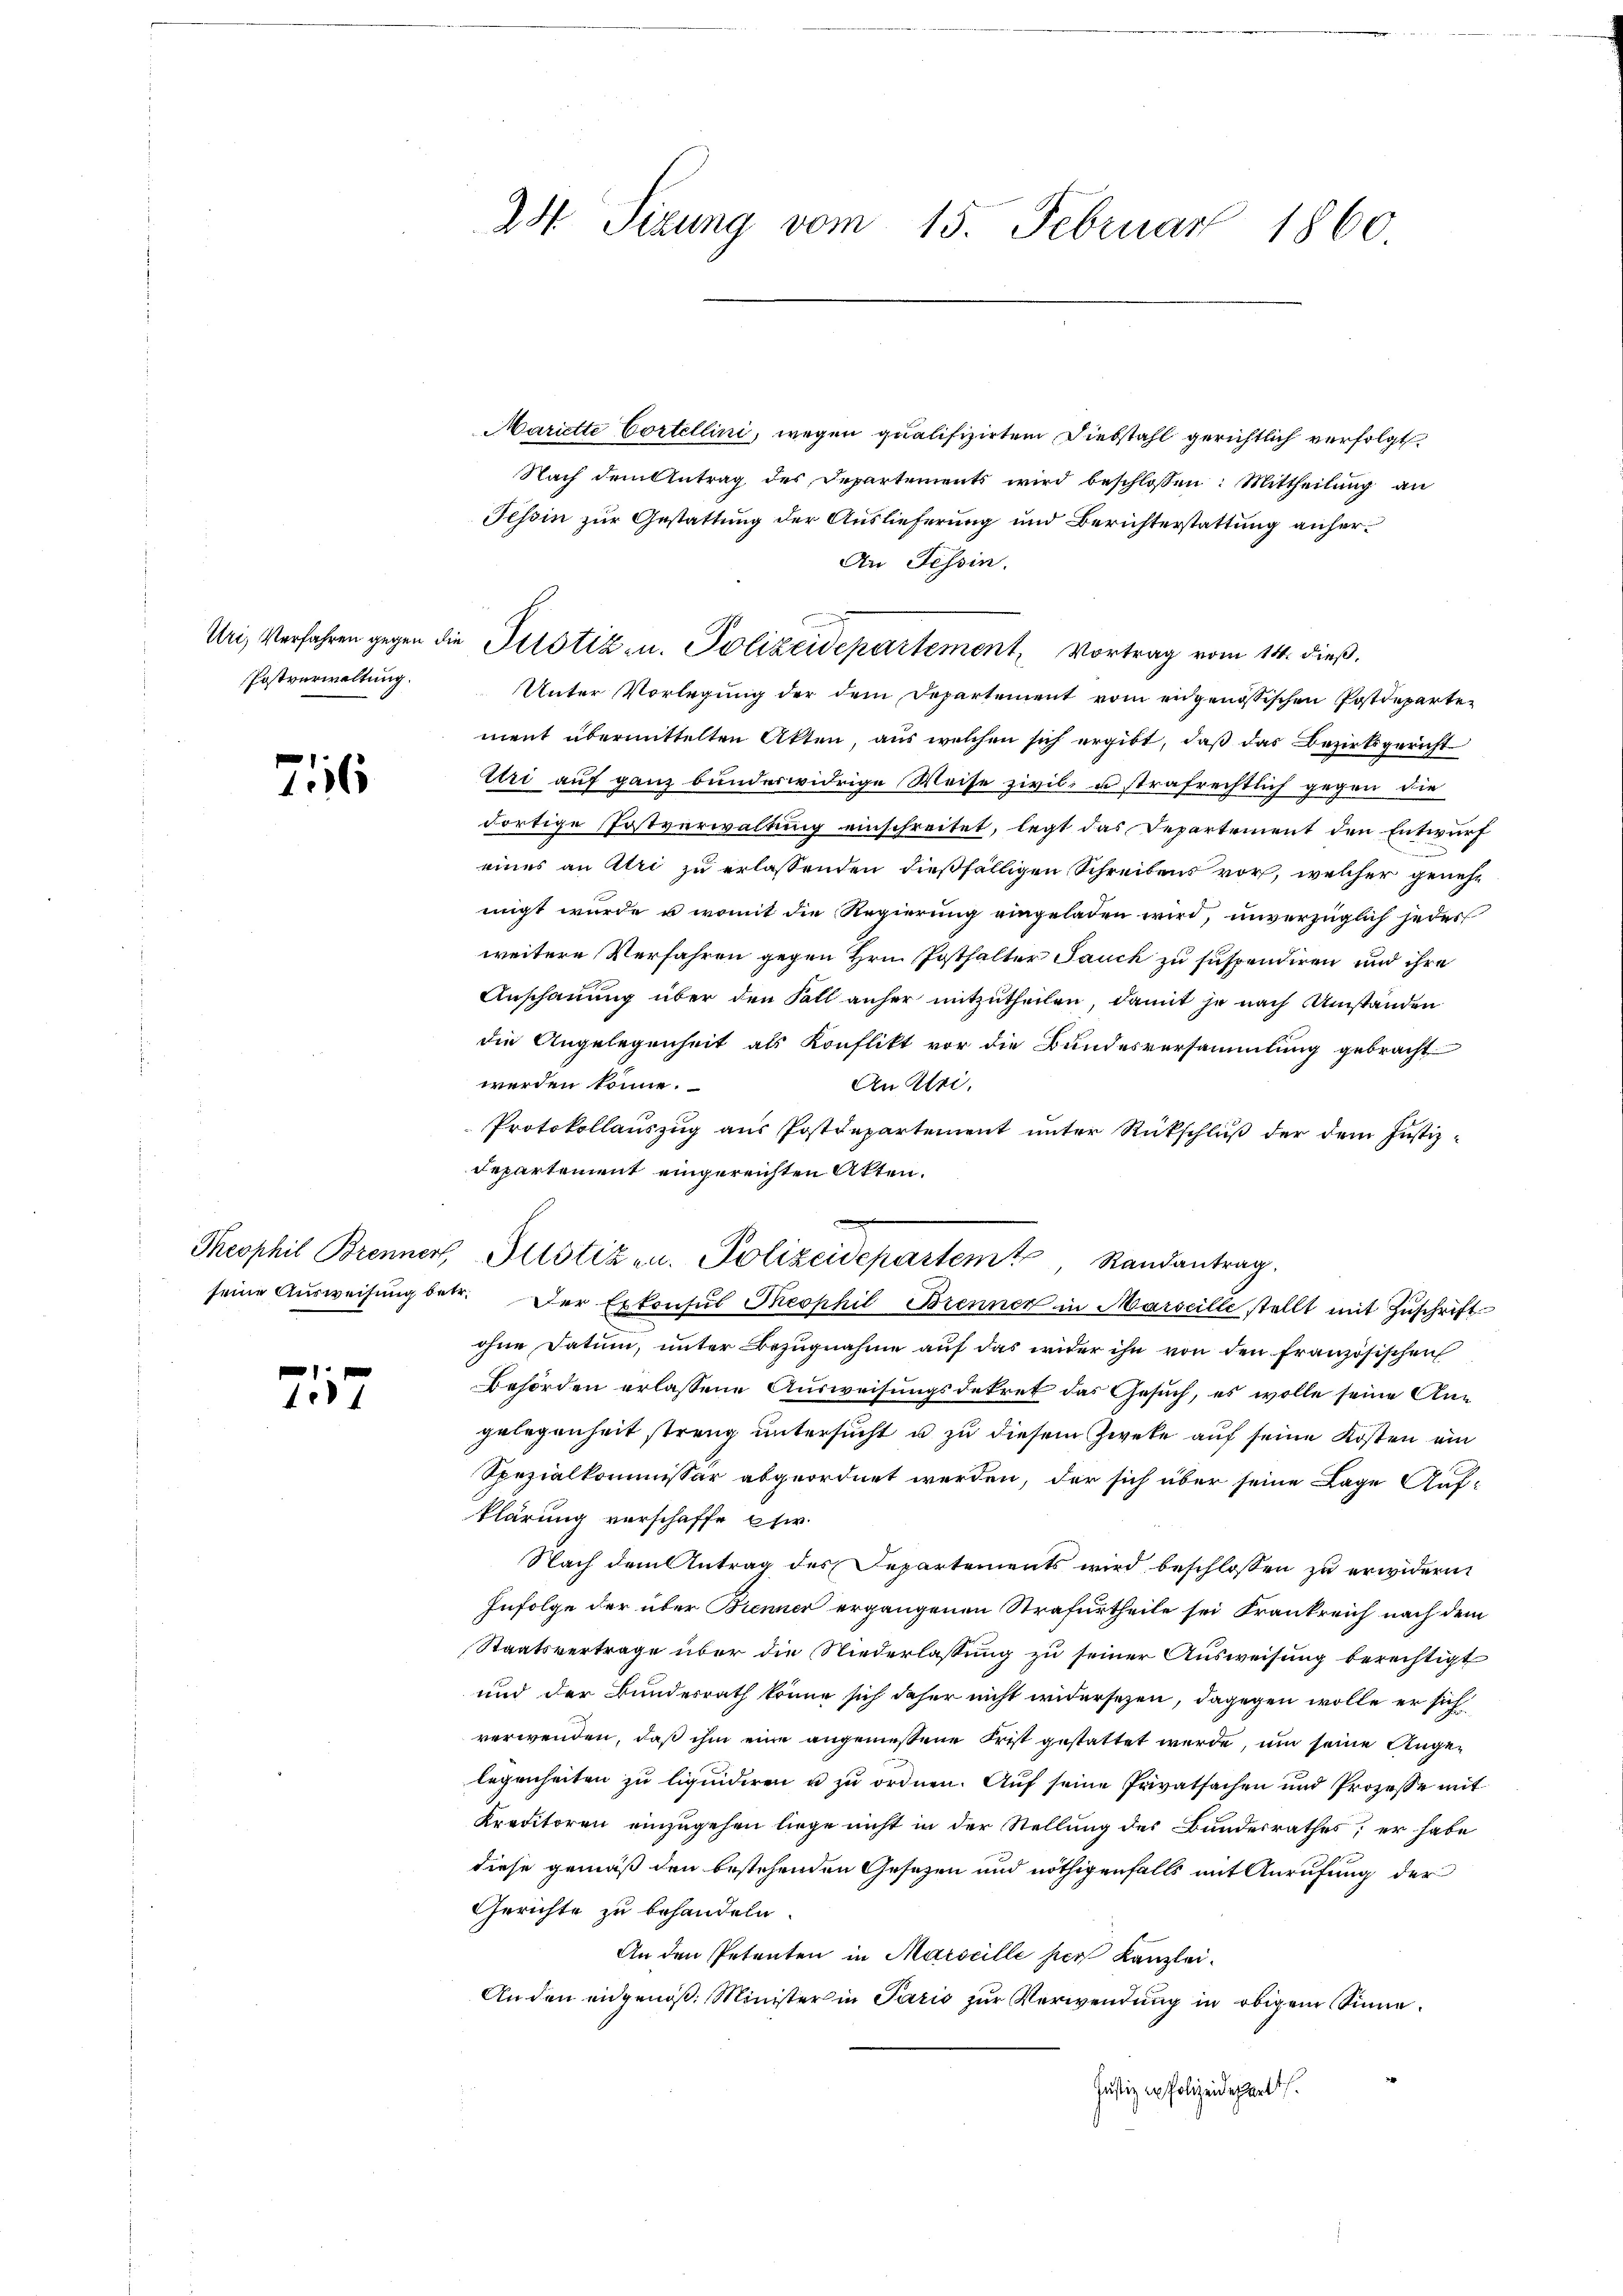
Postverwaltung.

716

e
44

Mariette Cortellini, wegen qualifizirten Diebstahl gerichtlich verfolgt
Nach dem Antrag des Departements wird beschlossen: Mittheilung an
Tessin zur Gestattung der Auslieferung und Berichterstattung anher¬
An Tessin.
u
Uri, Verfahren gegen die Pilotiz u. Polizeidepartement, Vortrag vom 14. dieβ.
Unter Vorlegung der dem Departement vom engenössischen Postdepartement übermittelten Akten, aus welchen sich ergibt, daß das Bezirksgericht
Uri auf ganz bunderwidrige Weise zivil, u strafrechtlich gegen die
dortige Postverwaltung einschreitet, legt das Departement den Entwurf
eines an Uri zu erlassenden dießfälligen Schreibens vor, welcher genehmigt wurde u. womit die Regierung eingeladen wird, unverzüglich jedes
weitere Verfahren gegen Hrn. Posthalter Jauch zu suspendiren und ihre
Anschauung über den Fall anher mitzutheilen, damit je nach Umständen
die Angelegenheit als Konflikt vor die Bundesversammlung gebracht
werden könne.
An Uri.
Protokollauszug aus Postdepartement unter Rückschluß der dem Justiz¬
Departement eingereichten Akten.
seine Aŭsweisŭng betr. Der Exkonsul Theophil Brenner in Marseille stellt mit Zŭschriftohne Datum, unter Bezugnahme auf das wider ihn von den Französischen
Behörden erlassene Ausweisungsdekret das Gesuch, es wolle seine Angelegenheit streng untersucht u zu diesem Zweke auf seine Kosten ein
Spezialkommissär abgeordnet werden, der sich über seine Lage Auf-
klärung verschaffe stir
Nach dem Antrag des Separtements wird beschlossen zu erwidern
Infolge der über Brenner ergangenen Strafurtheile sei Frankreich nach dem
Staatsvertrage über die Niederlassung zu seiner Ausweisung berechtigt
und der Bundesrath könne sich daher nicht widersezen, dagegen wolle er sich
verwenden, daß ihm eine angemessene Frist gestattet werde, um seine Angelegenheiten zu liquidiren u zu ordnen. Auf seine Privatsachen und Prozesse mit
Kreditoren einzugehen liege nicht in der Stellung des Bundesrathes; er habe
diese gemäß den bestehenden Gesetzen und nöthigenfalls mit Anrufung der
Gerichte zu behandeln.
An den Petenten in Marseille hier Kanzlei.
Anden eidgenöß. Minister in Paris zur Verwendung in obigem Sinne
Justiz in Polizeidepart.

24 Sizung vom 15. Februar 1860.

Theophil Brenner Justizen. Polizeidepartemt, Randantrag.